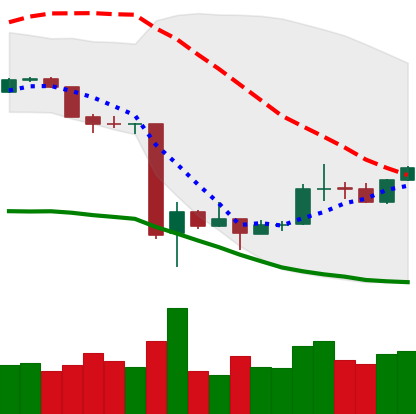
Ticker: BTC-USD
Chart end date: 2020-03-24
Forward return: -12.068%
Label: down_7plus